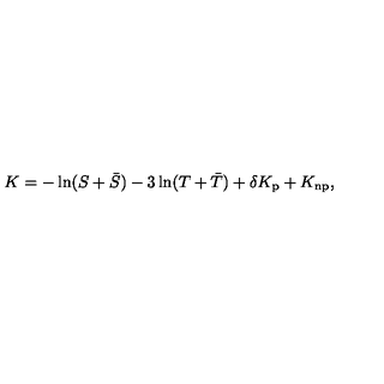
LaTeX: K = - \ln ( S + \bar { S } ) - 3 \ln ( T + \bar { T } ) + \delta K _ { \mathrm { p } } + K _ { \mathrm { n p } } ,